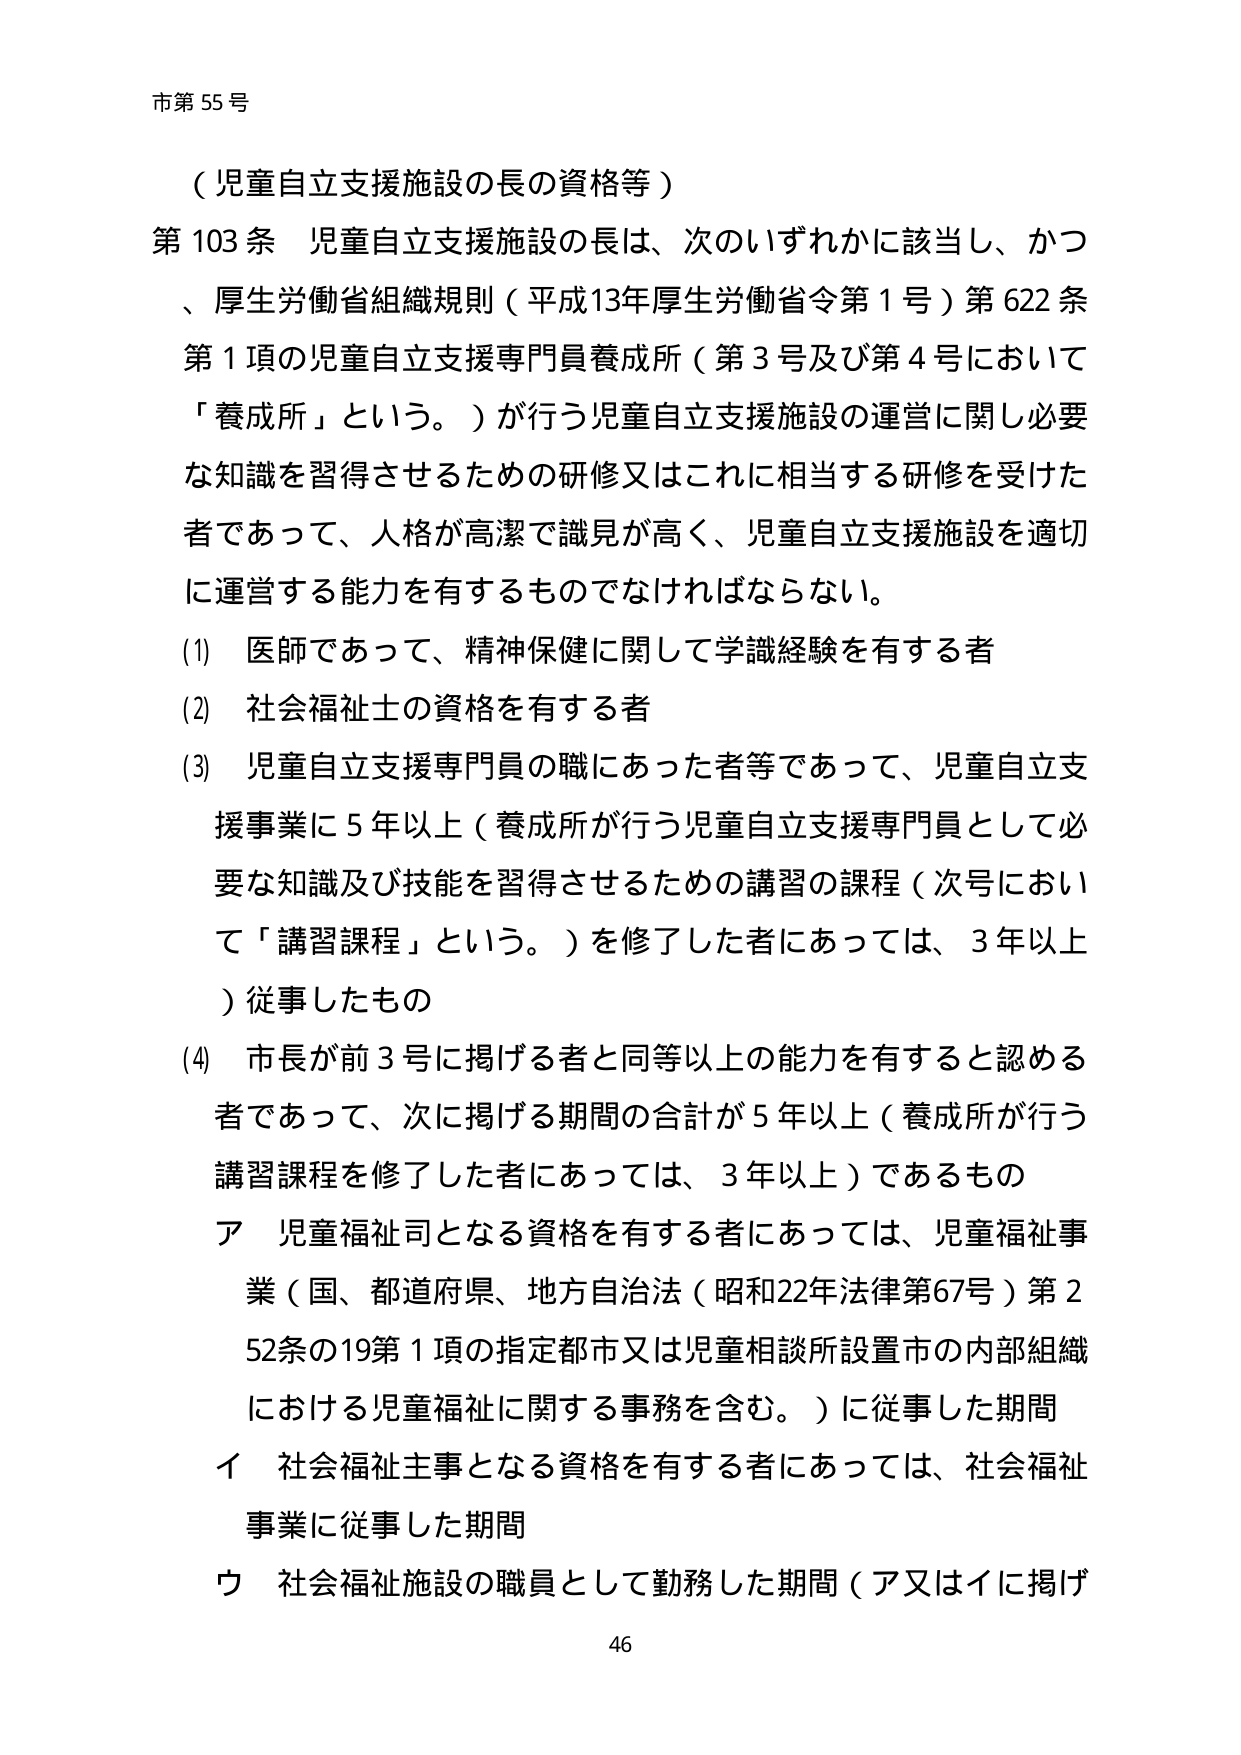
市第55号

（児童自立支援施設の長の資格等）

第103条 児童自立支援施設の長は、次のいずれかに該当し、かつ、厚生労働省組織規則（平成13年厚生労働省令第1号）第622条第1項の児童自立支援専門員養成所（第3号及び第4号において「養成所」という。）が行う児童自立支援施設の運営に関し必要な知識を習得させるための研修又はこれに相当する研修を受けた者であって、人格が高潔で識見が高く、児童自立支援施設を適切に運営する能力を有するものでなければならない。

(1) 医師であって、精神保健に関して学識経験を有する者

(2) 社会福祉士の資格を有する者

(3) 児童自立支援専門員の職にあった者等であって、児童自立支援事業に5年以上（養成所が行う児童自立支援専門員として必要な知識及び技能を習得させるための講習の課程（次号において「講習課程」という。）を修了した者にあっては、3年以上）従事したもの

(4) 市長が前3号に掲げる者と同等以上の能力を有すると認める者であって、次に掲げる期間の合計が5年以上（養成所が行う講習課程を修了した者にあっては、3年以上）であるもの

ア 児童福祉司となる資格を有する者にあっては、児童福祉事業（国、都道府県、地方自治法（昭和22年法律第67号）第252条の19第1項の指定都市又は児童相談所設置市の内部組織における児童福祉に関する事務を含む。）に従事した期間

イ 社会福祉主事となる資格を有する者にあっては、社会福祉事業に従事した期間

ウ 社会福祉施設の職員として勤務した期間（ア又はイに掲げ

46